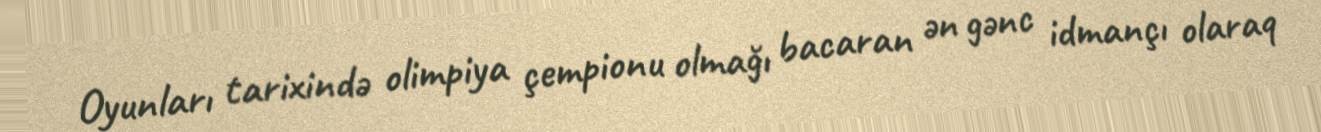
Oyunları tarixində olimpiya çempionu olmağı bacaran ən gənc idmançı olaraq